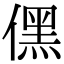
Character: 𠎁